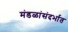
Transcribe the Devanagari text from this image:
मंडळांसंदर्भात